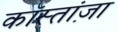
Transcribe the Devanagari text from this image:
कॉस्तांज़ा